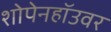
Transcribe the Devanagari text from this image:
शोपेनहॉउवर